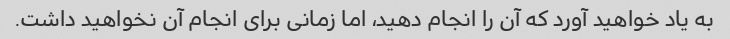
به یاد خواهید آورد که آن را انجام دهید، اما زمانی برای انجام آن نخواهید داشت.